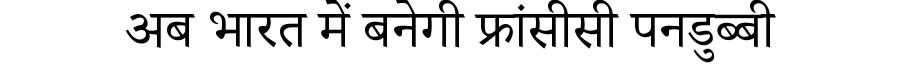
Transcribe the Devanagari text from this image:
अब भारत में बनेगी फ्रांसीसी पनडुब्बी